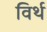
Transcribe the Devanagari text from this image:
विर्थ